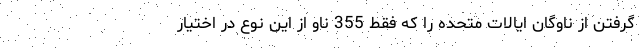
گرفتن از ناوگان ایالات متحده را که فقط 355 ناو از این نوع در اختیار